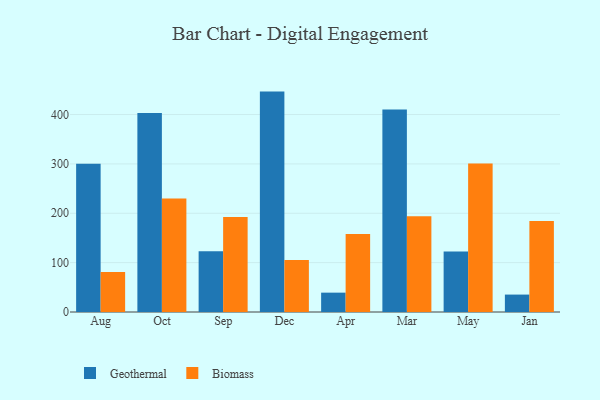
{"axis": {"x": "Month", "y": "Revenue (USD Million)"}, "legend": ["Biomass", "Geothermal"], "data": [{"x": "Aug", "y": 300.4, "type": "Geothermal"}, {"x": "Aug", "y": 81.0, "type": "Biomass"}, {"x": "Oct", "y": 403.2, "type": "Geothermal"}, {"x": "Oct", "y": 229.9, "type": "Biomass"}, {"x": "Sep", "y": 123.1, "type": "Geothermal"}, {"x": "Sep", "y": 192.3, "type": "Biomass"}, {"x": "Dec", "y": 446.5, "type": "Geothermal"}, {"x": "Dec", "y": 105.2, "type": "Biomass"}, {"x": "Apr", "y": 39.2, "type": "Geothermal"}, {"x": "Apr", "y": 158.0, "type": "Biomass"}, {"x": "Mar", "y": 410.4, "type": "Geothermal"}, {"x": "Mar", "y": 194.0, "type": "Biomass"}, {"x": "May", "y": 122.8, "type": "Geothermal"}, {"x": "May", "y": 300.8, "type": "Biomass"}, {"x": "Jan", "y": 35.3, "type": "Geothermal"}, {"x": "Jan", "y": 184.2, "type": "Biomass"}]}